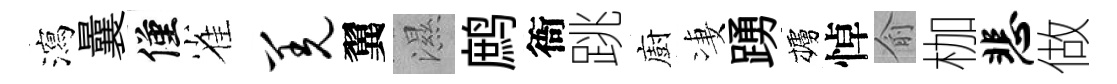
瀉曩僅雀羌翼濕鹧衙跳廚凄踴櫨悼俞枷悲做